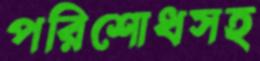
পরিশোধসহ